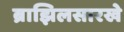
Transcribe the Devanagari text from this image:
ब्राझिलसारखे